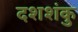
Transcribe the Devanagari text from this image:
दशशंकु